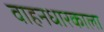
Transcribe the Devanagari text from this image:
वाहनधारकाला